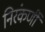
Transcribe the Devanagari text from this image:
निरंकर्णी